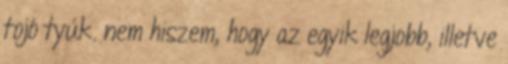
tojó tyúk. nem hiszem, hogy az egyik legjobb, illetve